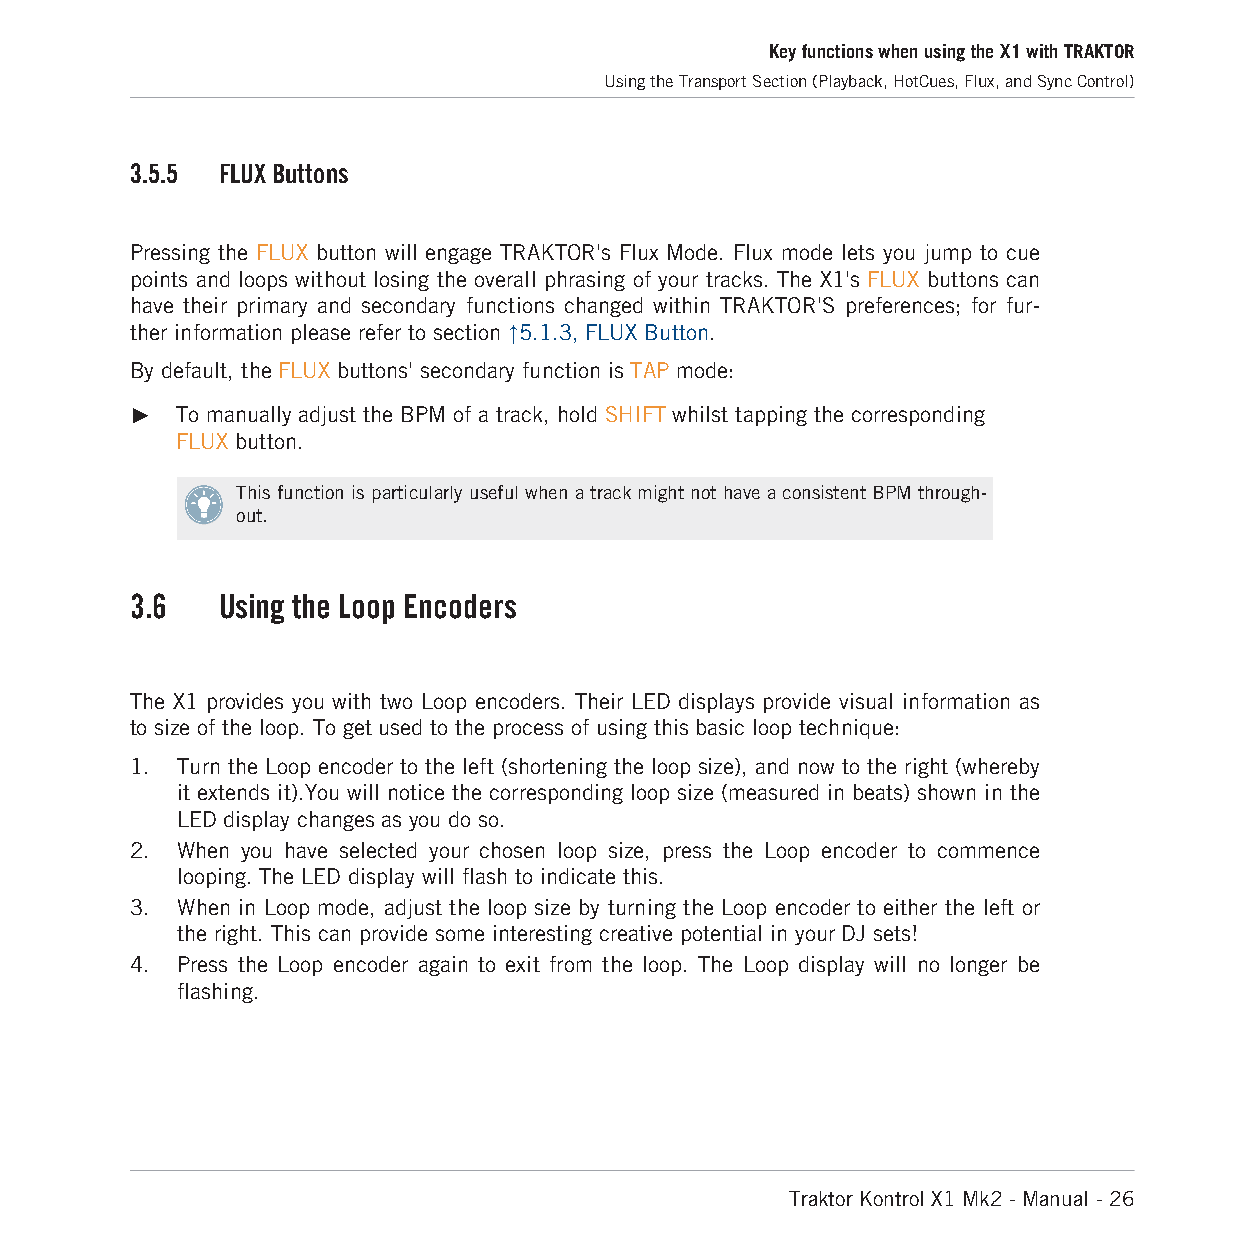
Key functions when using the X1 with TRAKTOR
 Using the Transport Section (Playback, HotCues, Flux, and Sync Control)
 3.5.5 FLUX Buttons
 Pressing the FLUX button will engage TRAKTOR's Flux Mode. Flux mode lets you jump to cue
 points and loops without losing the overall phrasing of your tracks. The X1's FLUX buttons can
 have their primary and secondary functions changed within TRAKTOR'S preferences; for fur-
 ther information please refer to section ↑5.1.3, FLUX Button.
 By default, the FLUX buttons' secondary function is TAP mode:
 ►  To manually adjust the BPM of a track, hold SHIFT whilst tapping the corresponding
 FLUX button.
 This function is particularly useful when a track might not have a consistent BPM through-
 out.
 3.6  Using the Loop Encoders
 The X1 provides you with two Loop encoders. Their LED displays provide visual information as
 to size of the loop. To get used to the process of using this basic loop technique:
 1. Turn the Loop encoder to the left (shortening the loop size), and now to the right (whereby
 it extends it).You will notice the corresponding loop size (measured in beats) shown in the
 LED display changes as you do so.
 2. When you have selected your chosen loop size, press the Loop encoder to commence
 looping. The LED display will flash to indicate this.
 3. When in Loop mode, adjust the loop size by turning the Loop encoder to either the left or
 the right. This can provide some interesting creative potential in your DJ sets!
 4. Press the Loop encoder again to exit from the loop. The Loop display will no longer be
 flashing.
 Traktor Kontrol X1 Mk2 - Manual - 26